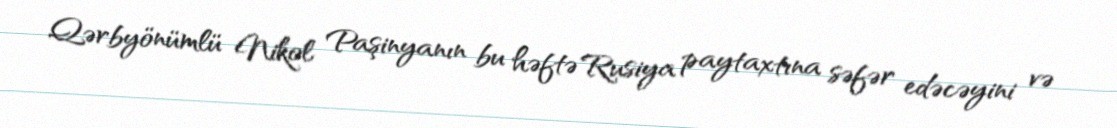
Qərbyönümlü Nikol Paşinyanın bu həftə Rusiya paytaxtına səfər edəcəyini və